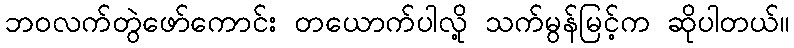
ဘဝလက်တွဲဖော်ကောင်း တယောက်ပါလို့ သက်မွန်မြင့်က ဆိုပါတယ်။